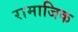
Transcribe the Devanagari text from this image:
रामाजिक